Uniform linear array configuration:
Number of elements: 32
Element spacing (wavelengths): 1
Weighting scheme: hann
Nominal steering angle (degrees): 30
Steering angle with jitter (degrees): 31.751
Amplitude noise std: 0.05
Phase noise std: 0.05

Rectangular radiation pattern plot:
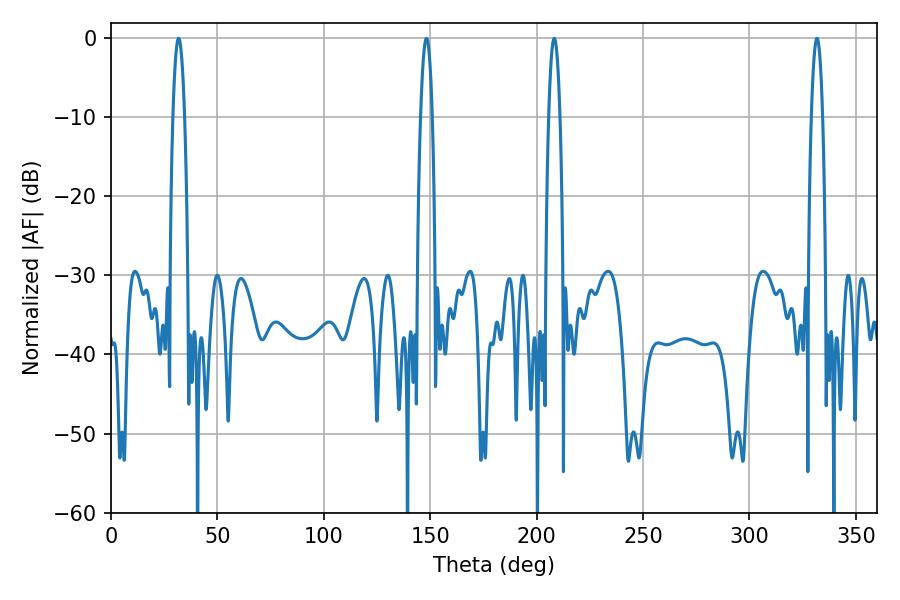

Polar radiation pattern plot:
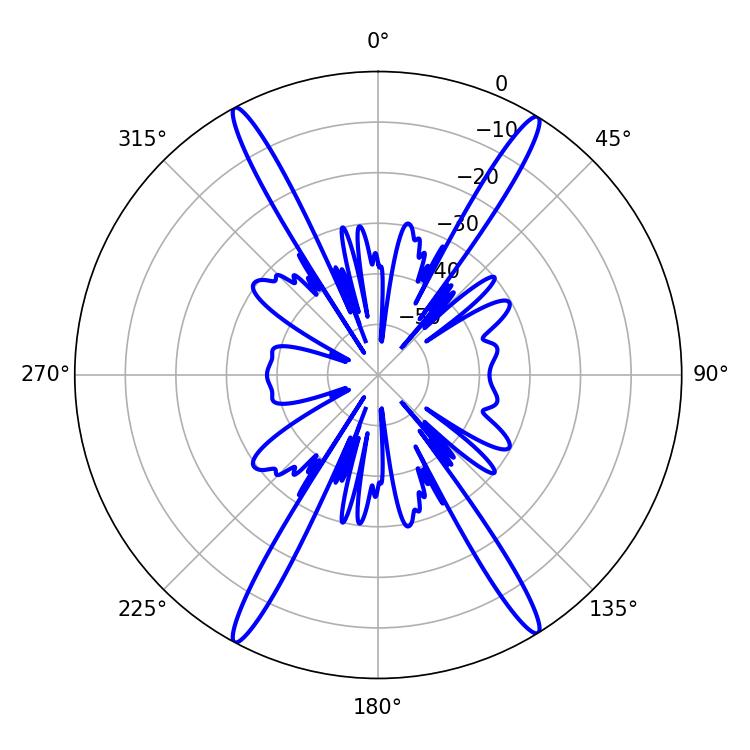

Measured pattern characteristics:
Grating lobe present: TRUE
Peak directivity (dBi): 23.952
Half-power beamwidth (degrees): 2.88
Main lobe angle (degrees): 208.26